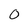
Character: 0